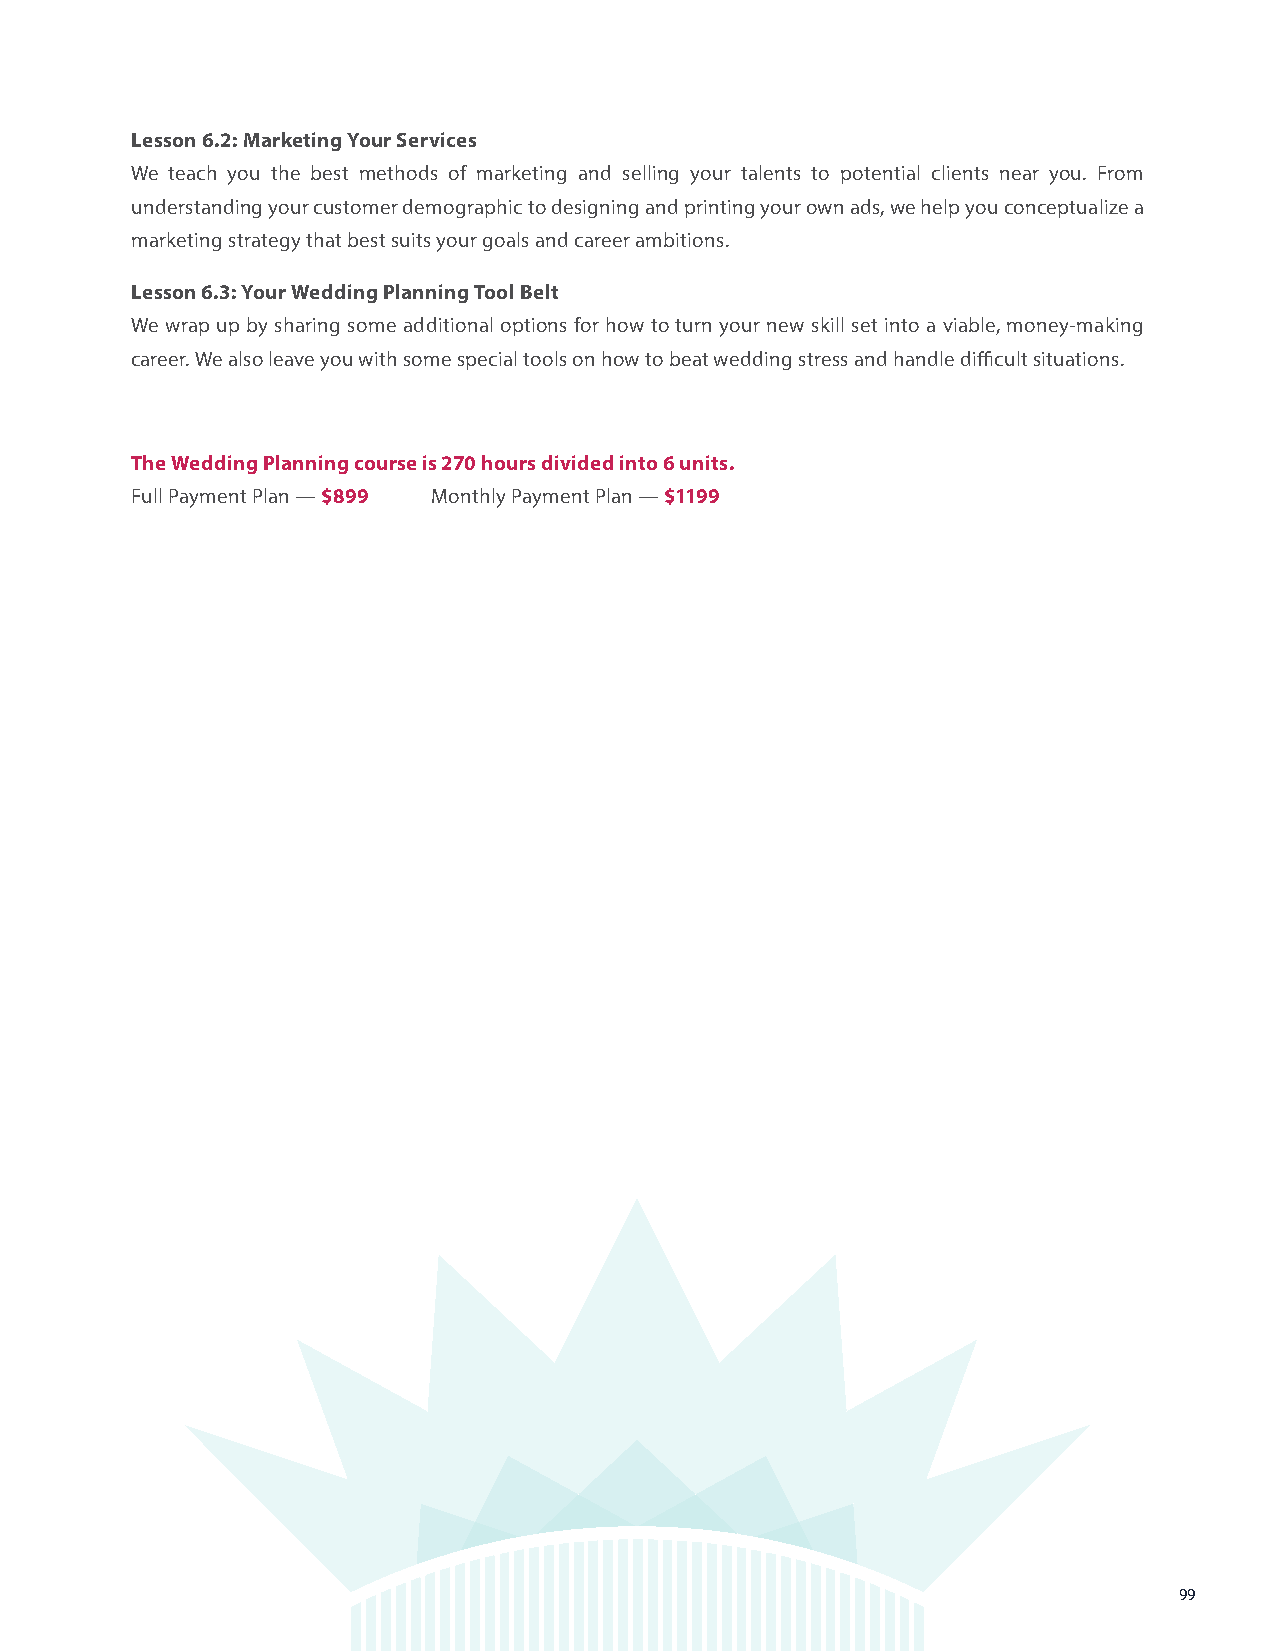
Lesson 6.2: Marketing Your Services
 We teach you the best methods of marketing and selling your talents to potential clients near you. From
 understanding your customer demographic to designing and printing your own ads, we help you conceptualize a
 marketing strategy that best suits your goals and career ambitions.
 Lesson 6.3: Your Wedding Planning Tool Belt
 We wrap up by sharing some additional options for how to turn your new skill set into a viable, money-making
 career. We also leave you with some special tools on how to beat wedding stress and handle difficult situations.
 The Wedding Planning course is 270 hours divided into 6 units.
 Full Payment Plan — $899 Monthly Payment Plan — $1199
 99